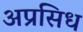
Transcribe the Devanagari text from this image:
अप्रसिध